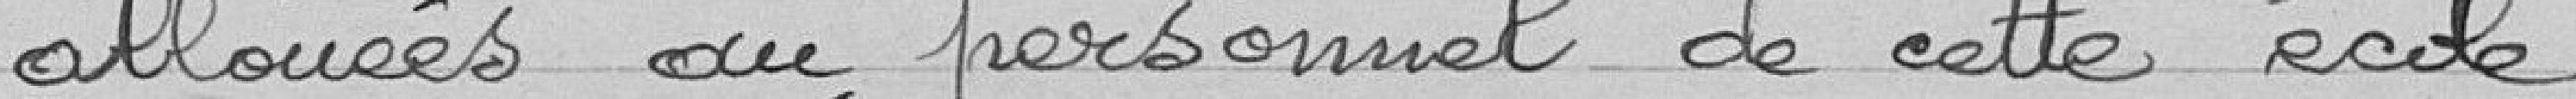
allouées au personnel de cette école.